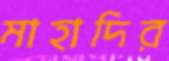
মাহাদির